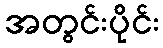
အတွင်းပိုင်း